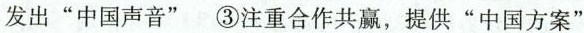
发出”中国声音” ③注重合作共赢，提供”中国方案”